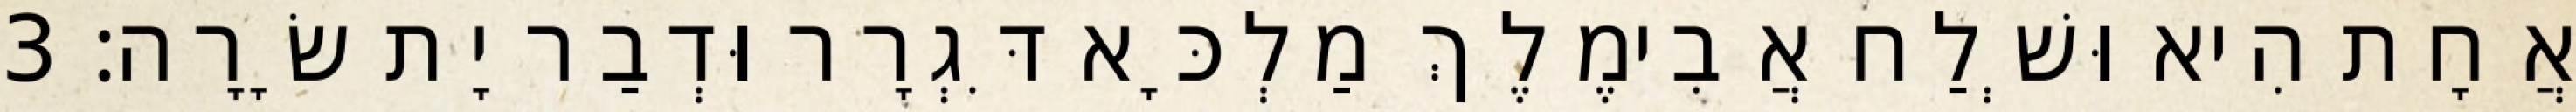
אֲחָת הִיא וּשְׁלַח אֲבִימֶלֶךְ מַלְכָּא דִּגְרָר וּדְבַר יָת שָׂרָה׃ 3